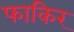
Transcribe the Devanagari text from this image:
फाकिर